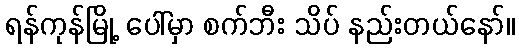
ရန်ကုန်မြို့ ပေါ်မှာ စက်ဘီး သိပ် နည်းတယ်နော်။